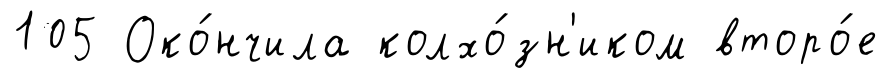
105 Око́нчила колхо́зн'иком второ́е